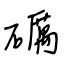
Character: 礪